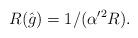
LaTeX: \begin{align*}R(\hat{g})=1/(\alpha'^{2} R). \end{align*}